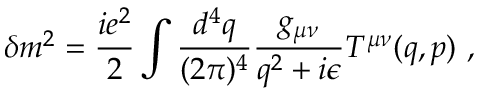
\delta m ^ { 2 } = \frac { i e ^ { 2 } } { 2 } \int \frac { d ^ { 4 } q } { ( 2 \pi ) ^ { 4 } } \frac { g _ { \mu \nu } } { q ^ { 2 } + i \epsilon } T ^ { \mu \nu } ( q , p ) \ ,